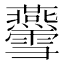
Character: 𤓨